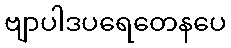
ဗျာပါဒပရေတေနပေ